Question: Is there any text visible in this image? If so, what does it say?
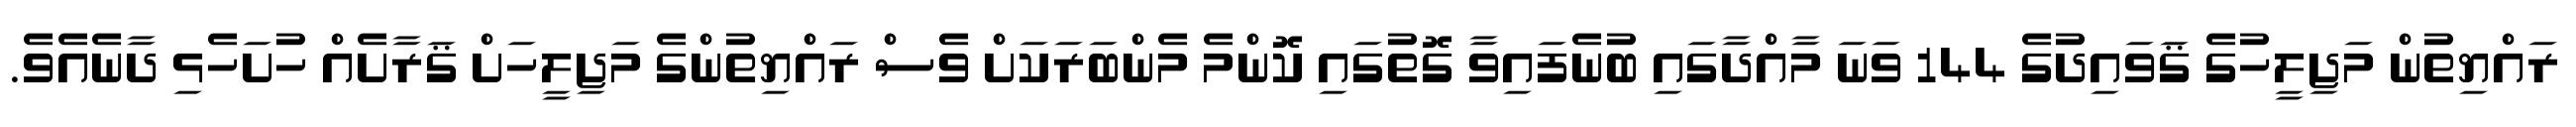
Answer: ރައްޔިތުން މަޖިލީހުގެ ޤަވައިދުގެ 144 ވަނަ މާއްދާގައި ބުނެފައިވާ ގޮތުގައި ކޮންމެ މެންބަރަކަށް ވެސް ރައްޔިތުންގެ މަޖިލީހަށް ޤަރާށެއް ހުށަހެޅި ދާނެއެވެ.